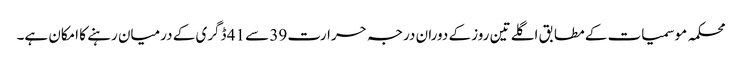
محکمہ موسمیات کے مطابق اگلے تین روز کے دوران درجہ حرارت 39 سے 41 ڈگری کے درمیان رہنے کا امکان ہے۔